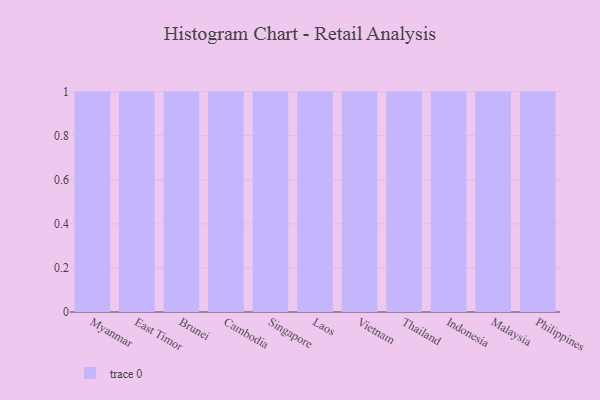
{"axis": {"x": "Country", "y": "Population (Million)"}, "legend": [""], "data": [{"x": "Myanmar", "y": 81, "type": ""}, {"x": "East Timor", "y": 45, "type": ""}, {"x": "Brunei", "y": 24, "type": ""}, {"x": "Cambodia", "y": 32, "type": ""}, {"x": "Singapore", "y": 31, "type": ""}, {"x": "Laos", "y": 45, "type": ""}, {"x": "Vietnam", "y": 69, "type": ""}, {"x": "Thailand", "y": 27, "type": ""}, {"x": "Indonesia", "y": 9, "type": ""}, {"x": "Malaysia", "y": 72, "type": ""}, {"x": "Philippines", "y": 59, "type": ""}]}